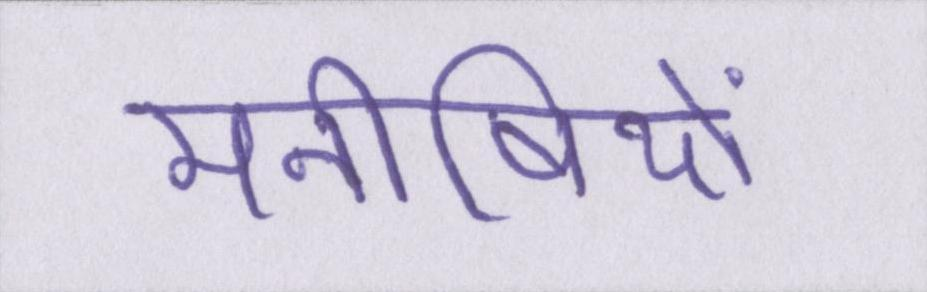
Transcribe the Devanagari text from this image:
मनीषियों